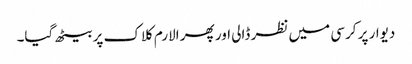
دیوار پر کرسی میں نظر ڈالی اور پھر الارم کلاک پر بیٹھ گیا۔